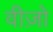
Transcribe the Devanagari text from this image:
वीज़ो